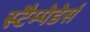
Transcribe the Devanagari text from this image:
स्टैम्पेडेर्स